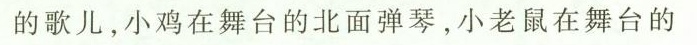
的歌儿，小鸡在舞台的北面弹琴，小老鼠在舞台的